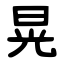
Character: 晃